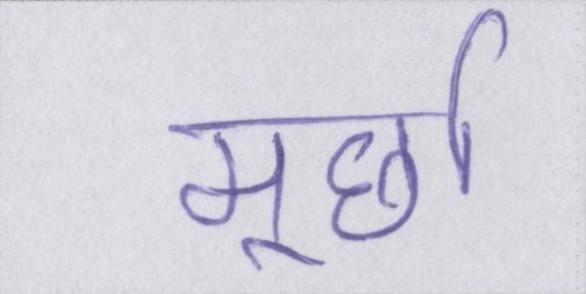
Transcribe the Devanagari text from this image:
मूर्छा